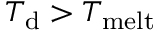
T _ { \mathrm { d } } > T _ { \mathrm { m e l t } }